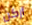
أركن